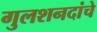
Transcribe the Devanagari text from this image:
गुलशनदांचे